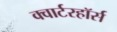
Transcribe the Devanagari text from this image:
क्वार्टरहॉर्स